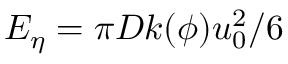
{ { E } _ { \eta } } = \pi D k ( \phi ) u _ { 0 } ^ { 2 } / 6